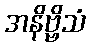
အနိဗ္ဗိသံ